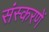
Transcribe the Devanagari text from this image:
संस्करणें